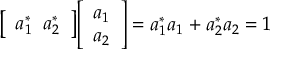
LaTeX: { \left[ \begin{array} { l } { a _ { 1 } ^ { * } \; \; a _ { 2 } ^ { * } } \end{array} \right] } { \left[ \begin{array} { l } { a _ { 1 } } \\ { a _ { 2 } } \end{array} \right] } = a _ { 1 } ^ { * } a _ { 1 } + a _ { 2 } ^ { * } a _ { 2 } = 1